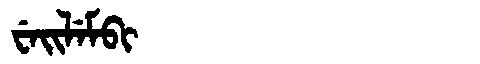
Manchu: ᠸᡝᡳᠯᡝᠮᠪᡳ
Romanization: WEILEMBI